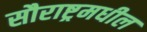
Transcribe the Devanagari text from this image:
सौराष्ट्रमधील